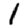
Digit: 1